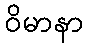
ဝိမာနာ